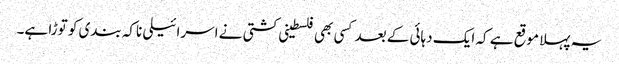
یہ پہلا موقع ہے کہ ایک دہائی کے بعد کسی بھی فلسطینی کشتی نے اسرائیلی ناکہ بندی کو توڑا ہے۔